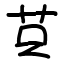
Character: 𦭜